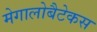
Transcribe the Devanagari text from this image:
मेगालोबैटेकस